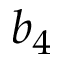
b _ { 4 }